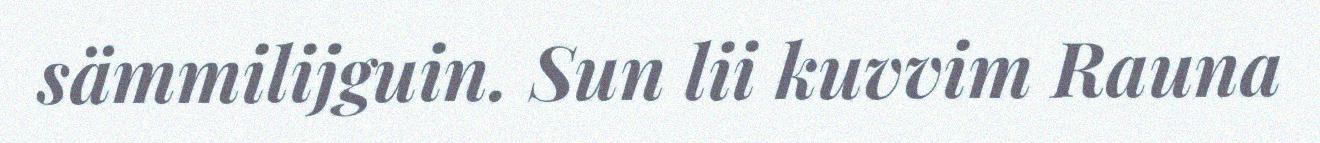
sämmilijguin. Sun lii kuvvim Rauna